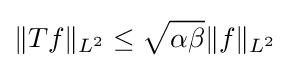
\Vert Tf\Vert _{L^{2}}\leq {\sqrt {\alpha \beta }}\Vert f\Vert _{L^{2}}